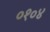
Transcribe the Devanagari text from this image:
०१०४